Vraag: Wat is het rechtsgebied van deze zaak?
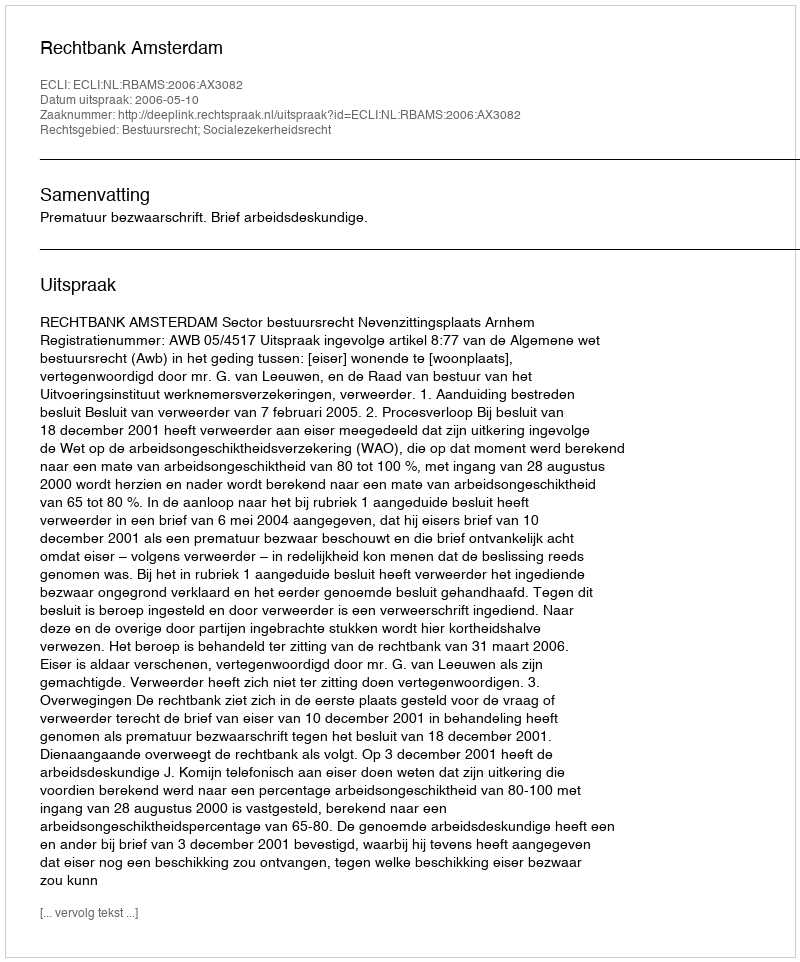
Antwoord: Bestuursrecht; Socialezekerheidsrecht